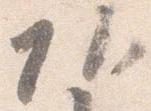
頭